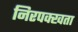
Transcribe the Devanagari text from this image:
निरपक्खता